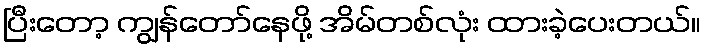
ပြီးတော့ ကျွန်တော်နေဖို့ အိမ်တစ်လုံး ထားခဲ့ပေးတယ်။